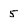
Character: 5